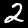
Digit: 2